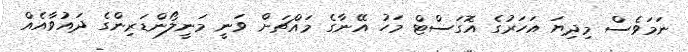
ނަމަވެސް މިދިޔަ އަހަރުގެ އޮގަސްޓް މަހު އޭނާގެ މައްޗަށް ވަނީ މަނީލޯންޑަރިންގެ ދައުވާއެއް